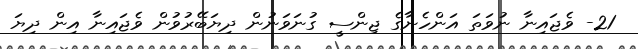
21- ވެޖައިނާ ނުވަތަ އަންހެނާގެ ޖިންސީ ގުނަވަނުން ދިޔަބޭރުވުން ވެޖައިނާ އިން ދިޔަ